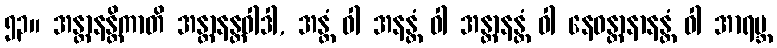
၅၃။ အန္တာနန္တိကာတိ အန္တာနန္တဝါဒါ, အန္တံ ဝါ အနန္တံ ဝါ အန္တာနန္တံ ဝါ နေဝန္တာနာနန္တံ ဝါ အာရဗ္ဘ